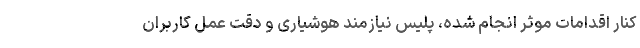
کنار اقدامات موثر انجام شده، پلیس نیازمند هوشیاری و دقت عمل کاربران